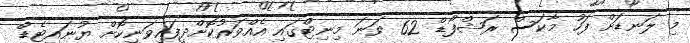
މި ލަނޑަށް ފަހު މާކަސް ރަޝްފޯޑް 62 ވަނަ މިނިޓްގައި އެއްވަރުކޮށްދީފައިވަނިކޮށް ޔުނައިޓެޑް